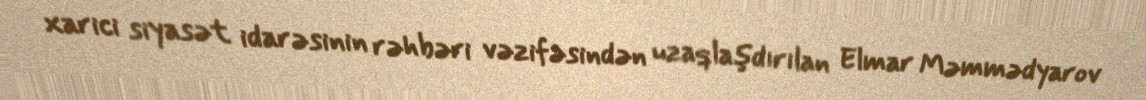
xarici siyasət idarəsinin rəhbəri vəzifəsindən uzaqlaşdırılan Elmar Məmmədyarov